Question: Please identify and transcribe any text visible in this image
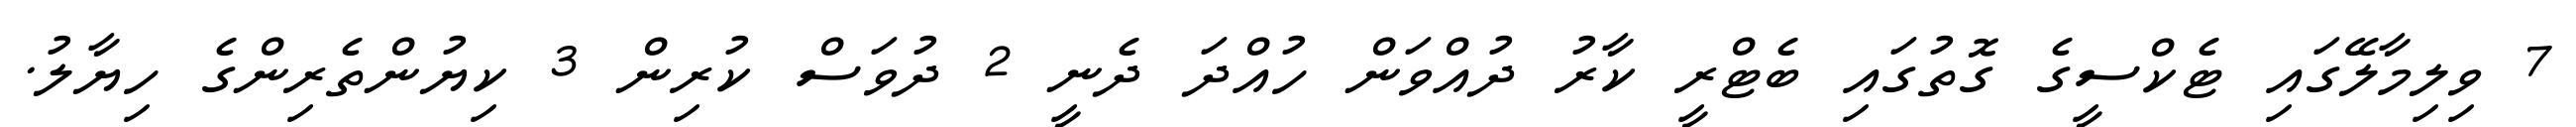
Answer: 7 ވިލިމާލޭގައި ޓެކްސީގެ ގޮތުގައި ބެޓްރީ ކާރު ދުއްވަން ހުއްދަ ދެނީ 2 ދުވަސް ކުރިން 3 ކިޔުންތެރިންގެ ހިޔާލު.